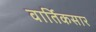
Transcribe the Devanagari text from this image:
वार्तिकसार